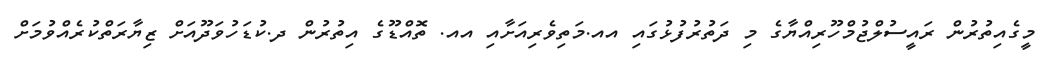
މީގެއިތުރުން ރައީސުލްޖުމްހޫރިއްޔާގެ މި ދަތުރުފުޅުގައި އއ.މަތިވެރިއަށާއި އއ. ތޮއްޑޫގެ އިތުރުން ދ.ކުޑަހުވަދޫއަށް ޒިޔާރަތްކުރެއްވުމަށް